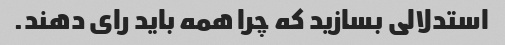
استدلالی بسازید که چرا همه باید رای دهند.